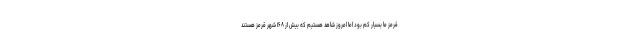
قرمز ما بسیار کم بود اما امروز شاهد هستیم که بیش از ۱۶۸ شهر قرمز هستند